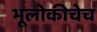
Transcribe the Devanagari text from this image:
भूलोकीचेच